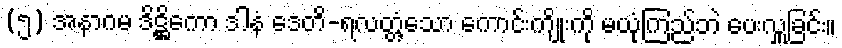
(၅) အနာဂမ ဒိဋ္ဌိကော ဒါနံ ဒေတိ-ရလတ္တံ့သော ကောင်းကျိုးကို မယုံကြည်ဘဲ ပေးလှူခြင်း။